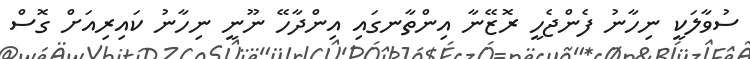
ސުވާލަކީ ނިހާނު ފެންޖެހީ ރޮޒޭނާ އިންތާނގައި އިންދާހޭ ނޫނީ ނިހާނު ކައިރިއަށް ގޮސް